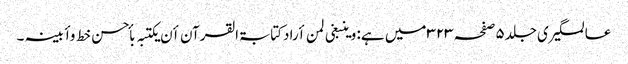
عالمگیری جلد۵صفحہ۳۲۳ میں ہے: وینبغی لمن أرادکتابۃالقرآن أن یکتبہ بأحسن خط وأبینہ ۔